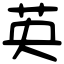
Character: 英